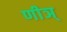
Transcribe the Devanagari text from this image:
णीञ्